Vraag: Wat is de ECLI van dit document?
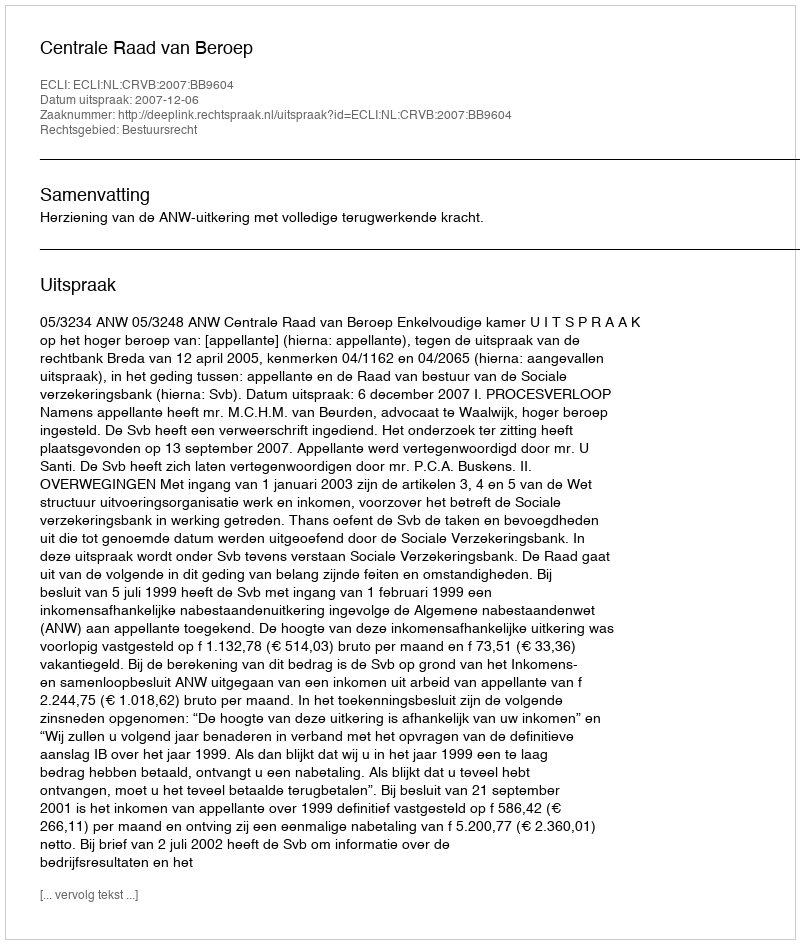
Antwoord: ECLI:NL:CRVB:2007:BB9604